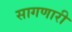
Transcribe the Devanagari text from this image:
सागणारी